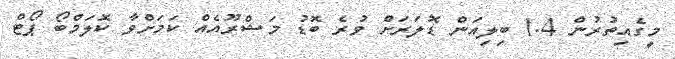
މީގެއިތުރުން 1.4 ބިލިއަން ޑޮލަރަށް ވުރެ ބޮޑު މަޝްރޫއެއް ކަމަށްވާ ކޮލަމްބޯ ޕޯޓް